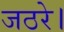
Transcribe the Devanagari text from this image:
जठरे।